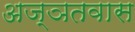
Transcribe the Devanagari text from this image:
अज्ञतवास